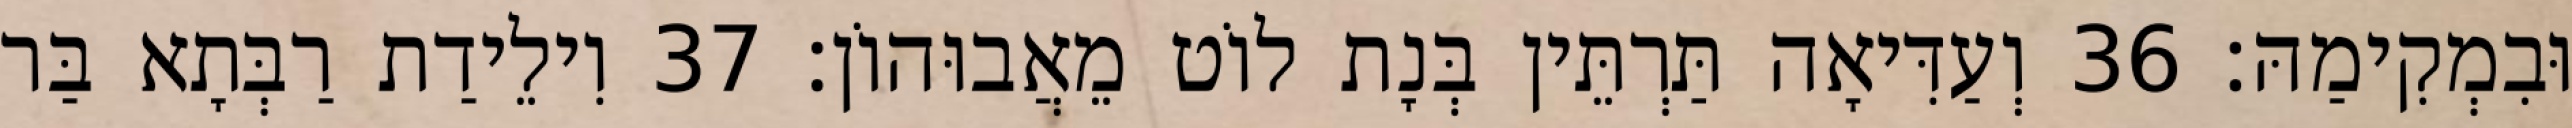
וּבִמְקִימַהּ׃ 36 וְעַדִּיאָה תַּרְתֵּין בְּנָת לוֹט מֵאֲבוּהוֹן׃ 37 וִילֵידַת רַבְּתָא בַּר